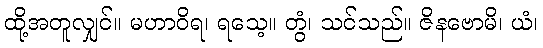
ထို့အတူလျှင်။ မဟာဝိရ၊ ရသေ့။ တွံ၊ သင်သည်။ ဇိနဗောမိ၊ ယံ၊